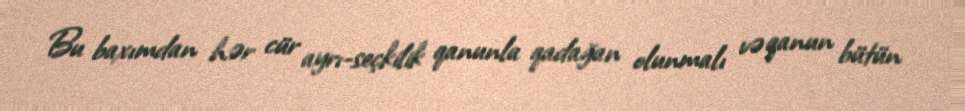
Bu baxımdan hər cür ayrı-seçkilik qanunla qadağan olunmalı və qanun bütün